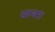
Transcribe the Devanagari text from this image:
क्षात्रता